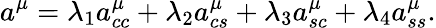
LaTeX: a^{\mu}=\lambda_{1}a_{cc}^{\mu}+\lambda_{2}a_{cs}^{\mu}+\lambda_{3}a_{sc}^{\mu}+\lambda_{4}a_{ss}^{\mu}.